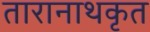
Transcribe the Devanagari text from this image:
तारानाथकृत